Elephants and their diseases
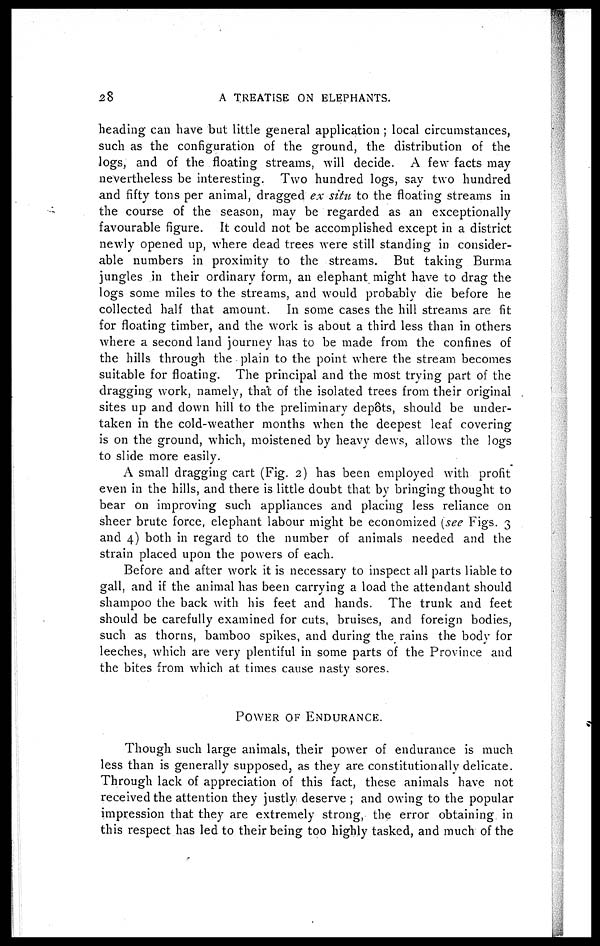
28
A TREATISE ON ELEPHANTS.
heading can have but little general application ; local circumstances,
such as the configuration of the ground, the distribution of the
logs, and of the floating streams, will decide. A few facts may
nevertheless be interesting. Two hundred logs, say two hundred
and fifty tons per animal, dragged ex situ to the floating streams in
the course of the season, may be regarded as an exceptionally
favourable figure. It could not be accomplished except in a district
newly opened up, where dead trees were still standing in consider-
able numbers in proximity to the streams. But taking Burma
jungles in their ordinary form, an elephant might have to drag the
logs some miles to the streams, and would probably die before he
collected half that amount. In some cases the hill streams are fit
for floating timber, and the work is about a third less than in others
where a second land journey has to be made from the confines of
the hills through the plain to the point where the stream becomes
suitable for floating. The principal and the most trying part of the
dragging work, namely, that of the isolated trees from their original
sites up and down hill to the preliminary dep6ts, should be under-
taken in the cold-weather months when the deepest leaf covering
is on the ground, which, moistened by heavy dews, allows the logs
to slide more easily.
A small dragging cart (Fig. 2) has been employed with profit
even in the hills, and there is little doubt that by bringing thought to
bear on improving such appliances and placing less reliance on
sheer brute force, elephant labour might be economized (see Figs. 3
and 4) both in regard to the number of animals needed and the
strain placed upon the powers of each.
Before and after work it is necessary to inspect all parts liable to
gall, and if the animal has been carrying a load the attendant should
shampoo the back with his feet and hands. The trunk and feet
should be carefully examined for cuts, bruises, and foreign bodies,
such as thorns, bamboo spikes, and during the rains the body for
leeches, which are very plentiful in some parts of the Province and
the bites from which at times cause nasty sores.
POWER OF ENDURANCE.
Though such large animals, their power of endurance is much
less than is generally supposed, as they are constitutionally delicate.
Through lack of appreciation of this fact, these animals have not
received the attention they justly deserve ; and owing to the popular
impression that they are extremely strong, the error obtaining in
this respect has led to their being too highly tasked, and much of the